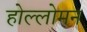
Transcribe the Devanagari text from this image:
होल्लोमन